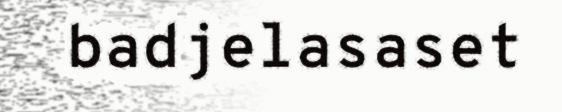
badjelasaset